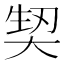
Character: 𭑕